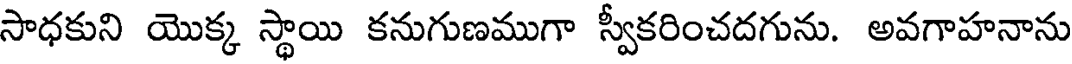
సాధకుని యొక్క స్థాయి కనుగుణముగా స్వీకరించదగును. అవగాహనాను